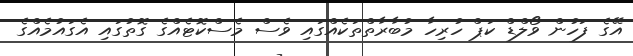
އޭގެ ފަހުން ވޯލްޑް ކަޕް ހުރިހާ މުބާރާތްތަކެއްގައި ވެސް މެސްކޮޓެއްގެ ގޮތުގައި އެގައުމެއްގެ